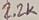
Text: 2.2K